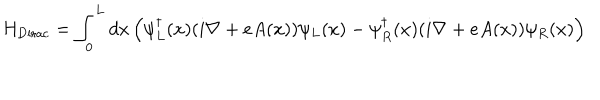
LaTeX: H _ { \mathrm { D i r a c } } = \int _ { 0 } ^ { L } d x \left( \psi _ { L } ^ { \dagger } ( x ) ( i \nabla + e A ( x ) ) \psi _ { L } ( x ) - \psi _ { R } ^ { \dagger } ( x ) ( i \nabla + e A ( x ) ) \psi _ { R } ( x ) \right)